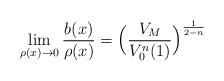
LaTeX: \begin{align*}\lim_{\rho(x)\rightarrow 0} \frac{b(x)}{\rho(x)}= \Big(\frac{V_M}{V_0^n(1)}\Big)^{\frac{1}{2- n}} \end{align*}